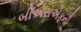
બીએસએફની